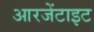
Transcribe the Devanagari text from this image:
आरजेंटाइट